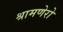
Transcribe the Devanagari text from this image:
श्रामणेरो